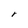
Character: r